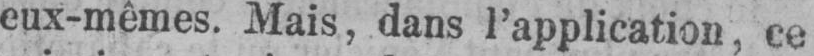
eux-mêmes. Mais, dans l’application, ce